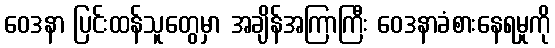
ဝေဒနာ ပြင်းထန်သူတွေမှာ အချိန်အကြာကြီး ဝေဒနာခံစားနေရမှုကို